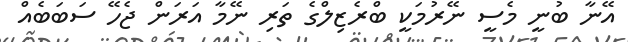
އޭނާ ބުނީ މެސީ ނޭރުމަކީ ބްރެޒިލްގެ ތަރި ނޭމާ އަރަން ޖެހޭ ސަބަބެއް